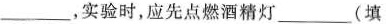
___，实验时，应先点燃酒精灯___(填